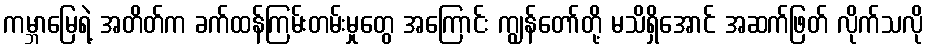
ကမ္ဘာမြေရဲ့ အတိတ်က ခက်ထန်ကြမ်းတမ်းမှုတွေ အကြောင်း ကျွန်တော်တို့ မသိရှိအောင် အဆက်ဖြတ် လိုက်သလို